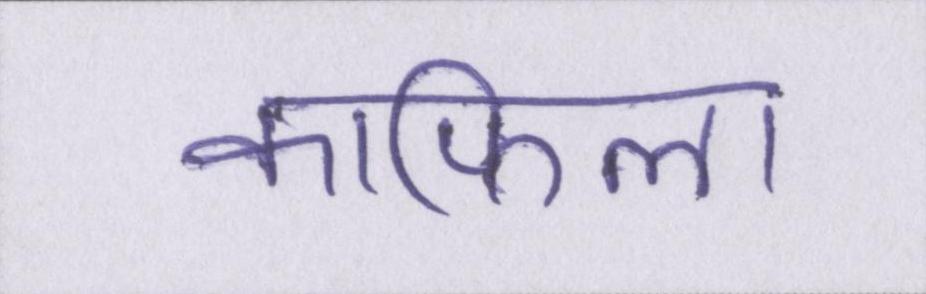
काफिला